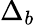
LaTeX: \Delta_{b}